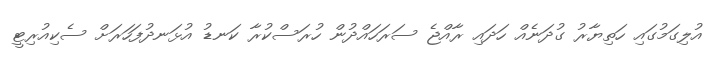
އުލިގަމުގައި ހަތިޔާރު ގުދަނެއް ހަދައި ރާއްޖެ ސަރަހައްދުން ހުރަސްކުރާ ކަނޑު އުޅަނދުފަހަރަށް ސެކިއުރިޓީ